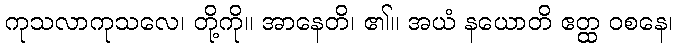
ကုသလာကုသလေ၊ တို့ကို။ အာနေတိ၊ ၏။ အယံ နယောတိ ဧတ္ထ ဝစနေ၊